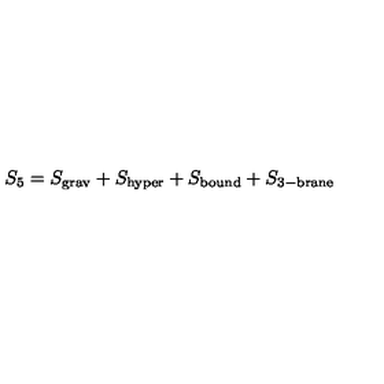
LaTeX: S _ { 5 } = S _ { \mathrm { g r a v } } + S _ { \mathrm { h y p e r } } + S _ { \mathrm { b o u n d } } + S _ { \mathrm { 3 - b r a n e } }